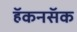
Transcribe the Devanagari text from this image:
हॅकनसॅक